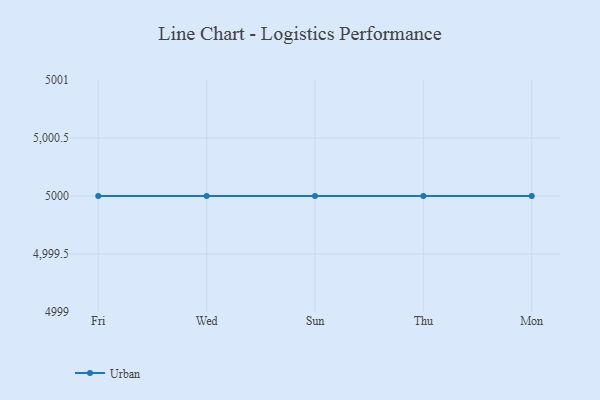
{"axis": {"x": "Day", "y": "Net Income (USD K)"}, "legend": ["Urban"], "data": [{"x": "Fri", "y": 5000, "type": "Urban"}, {"x": "Wed", "y": 5000, "type": "Urban"}, {"x": "Sun", "y": 5000, "type": "Urban"}, {"x": "Thu", "y": 5000, "type": "Urban"}, {"x": "Mon", "y": 5000, "type": "Urban"}]}